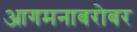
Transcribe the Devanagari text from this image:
आगमनाबरोबर